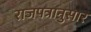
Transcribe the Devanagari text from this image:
राजपत्रानुसार